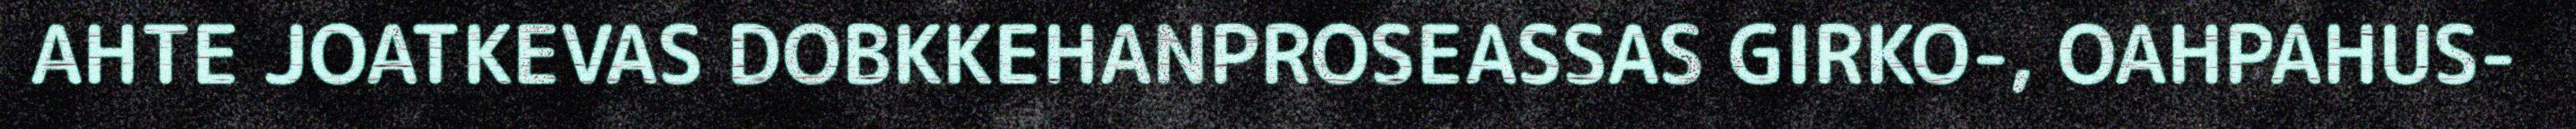
AHTE JOATKEVAS DOBKKEHANPROSEASSAS GIRKO-, OAHPAHUS-